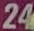
24